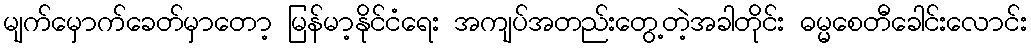
မျက်မှောက်ခေတ်မှာတော့ မြန်မာ့နိုင်ငံရေး အကျပ်အတည်းတွေ့တဲ့အခါတိုင်း ဓမ္မစေတီခေါင်းလောင်း